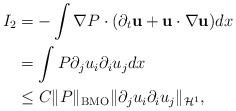
LaTeX: \begin{align*}I_{2} & =-\int\nabla P\cdot(\partial_{t}\mathbf{u}+ \mathbf{u}\cdot\nabla\mathbf{u})dx \\ & = \int P\partial_{j}u_{i}\partial_{i}u_{j}dx \\ & \leq C\|P\|_{\rm BMO}\|\partial_{j}u_{i}\partial_{i}u_{j}\|_{\mathcal{H}^1},\end{align*}